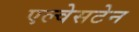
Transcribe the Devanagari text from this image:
एल्वेसटेन